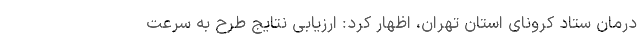
درمان ستاد کرونای استان تهران، اظهار کرد: ارزیابی نتایج طرح به سرعت